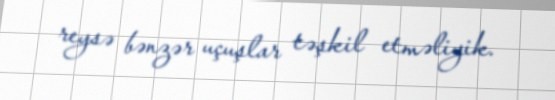
reysə bənzər uçuşlar təşkil etməliyik.